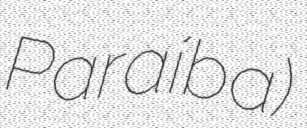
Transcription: Paraíba)